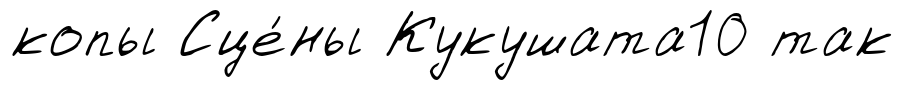
копы Сце́ны Кукушата10 так